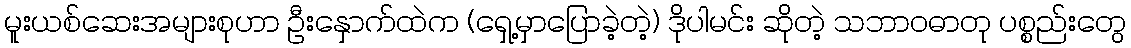
မူးယစ်ဆေးအများစုဟာ ဦးနှောက်ထဲက (ရှေ့မှာပြောခဲ့တဲ့) ဒိုပါမင်း ဆိုတဲ့ သဘာဝဓာတု ပစ္စည်းတွေ